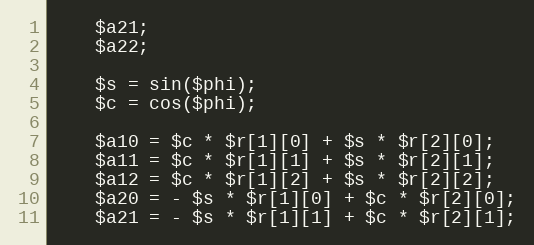
Language: PHP
    $a21;
    $a22;

    $s = sin($phi);
    $c = cos($phi);

    $a10 = $c * $r[1][0] + $s * $r[2][0];
    $a11 = $c * $r[1][1] + $s * $r[2][1];
    $a12 = $c * $r[1][2] + $s * $r[2][2];
    $a20 = - $s * $r[1][0] + $c * $r[2][0];
    $a21 = - $s * $r[1][1] + $c * $r[2][1];